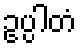
ဥပ္ပါတံ